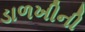
ડાળખીની